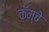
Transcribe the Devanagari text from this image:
कॅम्बे